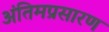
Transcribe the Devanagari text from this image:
अंतिमप्रसारण